Lunatic asylums in Bengal annual reports 1888-1898 - 1888-1898
Year: 1888
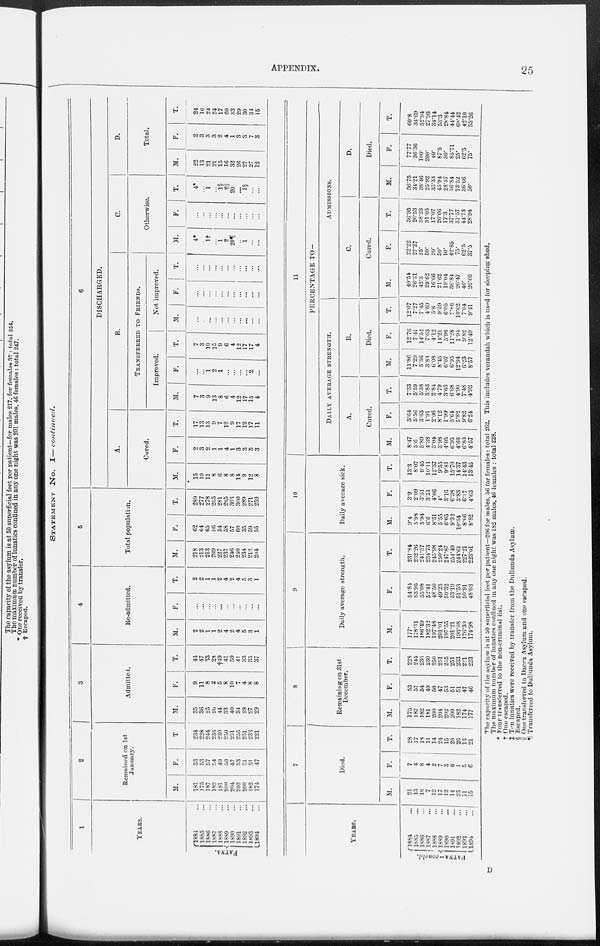
APPENDIX.
25
STATEMENT NO. I—continued.
1
YEARS.
PATNA.
1884
...
1885 ...
1886
...
1887
...
1888
...
1889
...
1890
...
1891
...
1892 ...
1893
...
1894
...
2
Remained on 1st
January.
M.
181
175
187
182
181
200
204
202
200
182
174
F.
53
53
57
54
49
50
47
53
51
51
47
T.
234
228
244
236
230
250
251
255
251
233
221
3
Admitted.
M.
35
36
25
26
44
33
40
34
29
27
29
F.
9
11
8
2
5
8
10
7
4
8
8
T.
44
47
33
28
†49
41
50
41
33
35
37
4
Re-admitted.
M.
2
2
1
1
2
4
2
4
5
3
1
F.
...
...
...
...
...
...
...
...
...
...
...
T.
2
2
1
1
2
4
2
4
5
3
1
5
Total population.
M.
218
213
213
209
227
237
246
240
234
212
204
F.
62
64
65
56
54
58
57
60
55
59
55
T.
280
277
278
265
281
295
303
300
289
271
259
6
DISCHARGED.
A.
Cured.
M.
15
10
11
8
6
8
8
14
9
12
8
F.
2
3
2
1
1
4
1
3
3
5
3
T.
17
13
13
9
7
12
9
17
12
17
11
B.
TRANSFERRED TO FRIENDS.
Improved.
M.
7
3
9
13
8
6
4
12
17
15
4
F.
...
...
1
2
1
...
...
...
...
2
...
T.
7
3
10
15
9
6
4
12
17
17
4
Not improved.
M.
...
...
...
...
...
...
...
...
...
...
...
F .
...
...
...
...
...
...
...
...
...
...
...
T.
...
...
...
...
...
...
...
...
...
...
...
C.
Otherwise.
M.
4*
...
1†
...
1
2
20¶
...
1
...
...
F.
...
...
...
...
...
...
...
...
...
...
...
T.
4*
...
1
...
1§
2||
20
...
1§
... ...
D.
Total.
M.
22
13
21
21
15
16
32
26
27
27
12
F.
2
3
3
3
2
4
1
3
3
7
3
T.
24
16
24
24
17
20
33
29
30
34
15
YEARS.
PATNA-concld.
1884 ...
1885 ...
1886 ...
1887 ...
1888 ...
1889 ...
1890
...
1891
...
1892
...
1893
...
1894
...
7
Died.
M.
21
13
10
7
12
17
12
14
25
11 15
F.
7
4
8
4
2
7
3
6 1
5
6
T.
28
17
18
11
14
24
15
29
26
16
21
8
Remaining on 31st
December.
M.
175
187
182
181
200
204
202
200
182
174
177
F.
53
57
54
49
50
47
53
51
51
47
46
T.
228
244
236
230
250
251
255
251
233
221
223
9
Daily average strength.
M.
177.
178.31
186.49
182.32
197.48
201.01
197.55
201.21
193.08
176.30
174.98
F.
54.84
53.95
55.08
52.41
48.50
49.23
50.32
53.19
51.53
50.91
48.03
T.
231.84
232.26
241.57
234.73
245.98
250.24
247.87
254.40
244.61
227.21
223.01
10
Daily average sick.
M.
9.4
5.98
5.94
6.6
8.31
5.55
6.65
9.32
10.54
8.06
8.82
F.
3.9
2.09
3.51
3.51
4.06
4.
3.16
6.38
3.83
6.37
4.63
T.
13.3
8.07
9 45
10.11
12.37
9.55
9.81
15.70
14.37
14.43
13.45
11
PERCENTAGE TO—
DAILY AVERAGE STRENGTH.
A.
Cured.
M.
8.47
5.6
5.89
4.38
3.04
3.98
4.05
6.95
4.66
6.80
4.57
F.
3.64
5.56
3.63
1.91
2.06
8.12
1.99
5.64
5.82
9.82
6.24
T.
7.33
5.59
5.38
3.83
2.84
4.79
3.63
6.68
4.90
7.48
4.93
B.
Died.
M.
11.86
7.29
5.36
3.83
6.08
8.45
6.07
6.95
12.94
6.23
8.57
F.
12.76
7.41
14.52
7.63
4.12
14.21
5.96
11.28
1.94
9.82
12.49
T.
12.07
7.27
7.45
4.69
5.6
9.59
6.05
7.86
10.62
7.04
9.41
ADMISSIOMS.
C.
Cured.
M.
40.54
26.31
42.3
29.62
16.66
21.62
19.04
36.84
26.47
40.
26.66
F.
22.22
27.27
25.
50.
20.
50.
10.
42.85
75.
62.5
37.5
T.
36.95
26.53
38.23
31.03
17.07
26.66
17.3
37.77
31.57
44.73
28.94
D.
Died.
M.
56.75
34.21
38.46
25.92
33.33
45.94
28.57
36.84
73.52
36.66
50.
F.
77.77
36.36
100.
200.
40.
87.5
30.
85.71
25.
62.5
75.
T.
60.8
34.69
52.94
27.93
34.14
53.3
28.84
44.44
68.42
42.10
55.26
The capacity of the asylum is at 50 superficial feet per patient—206 for males, 56 for females: total 262. This includes verandah which is used for sleeping shed.
The maximum number of lunatics confined in any one night was 182 males, 46 females : total 228.
*Four transferred to the non-criminal list.
† One escaped.
‡ Ten lunatics were received by transfer from the Dullunda Asylum.
§ Escaped.
|| One transferred to Dacca Asylum and one escaped.
¶ Transferred to Dullunda Asylum.
D